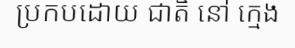
ប្រកបដោយ ជាតិ នៅ ក្មេង